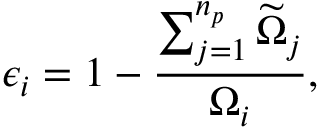
\epsilon _ { i } = 1 - \frac { \sum _ { j = 1 } ^ { n _ { p } } \widetilde { \Omega } _ { j } } { \Omega _ { i } } ,